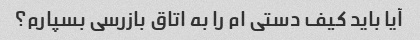
آیا باید کیف دستی ام را به اتاق بازرسی بسپارم؟